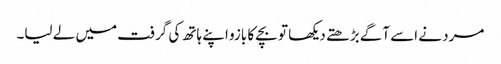
مرد نے اسے آگے بڑھتے دیکھا تو بچے کا بازو اپنے ہاتھ کی گرفت میں لے لیا۔